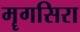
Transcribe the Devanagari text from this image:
मॄगसिरा